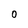
Character: 0